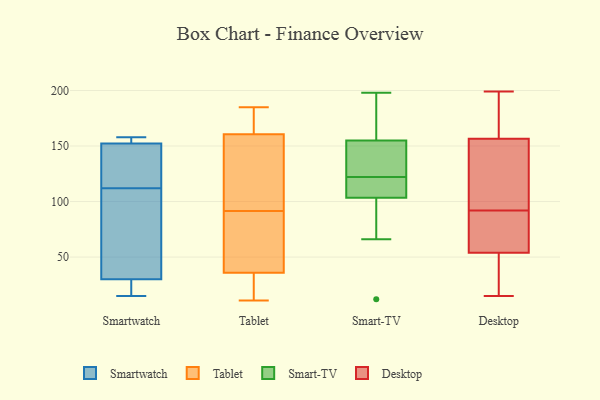
{"axis": {"x": "Website Visitors", "y": "Value"}, "legend": ["Desktop", "Smart-TV", "Smartwatch", "Tablet"], "data": [{"x": "", "y": 51, "type": "Smartwatch"}, {"x": "", "y": 153, "type": "Smartwatch"}, {"x": "", "y": 23, "type": "Smartwatch"}, {"x": "", "y": 112, "type": "Smartwatch"}, {"x": "", "y": 15, "type": "Smartwatch"}, {"x": "", "y": 150, "type": "Smartwatch"}, {"x": "", "y": 136, "type": "Smartwatch"}, {"x": "", "y": 158, "type": "Smartwatch"}, {"x": "", "y": 23, "type": "Smartwatch"}, {"x": "", "y": 157, "type": "Smartwatch"}, {"x": "", "y": 51, "type": "Smartwatch"}, {"x": "", "y": 37, "type": "Tablet"}, {"x": "", "y": 84, "type": "Tablet"}, {"x": "", "y": 18, "type": "Tablet"}, {"x": "", "y": 71, "type": "Tablet"}, {"x": "", "y": 38, "type": "Tablet"}, {"x": "", "y": 59, "type": "Tablet"}, {"x": "", "y": 179, "type": "Tablet"}, {"x": "", "y": 133, "type": "Tablet"}, {"x": "", "y": 183, "type": "Tablet"}, {"x": "", "y": 182, "type": "Tablet"}, {"x": "", "y": 25, "type": "Tablet"}, {"x": "", "y": 99, "type": "Tablet"}, {"x": "", "y": 159, "type": "Tablet"}, {"x": "", "y": 106, "type": "Tablet"}, {"x": "", "y": 162, "type": "Tablet"}, {"x": "", "y": 21, "type": "Tablet"}, {"x": "", "y": 99, "type": "Tablet"}, {"x": "", "y": 35, "type": "Tablet"}, {"x": "", "y": 185, "type": "Tablet"}, {"x": "", "y": 11, "type": "Tablet"}, {"x": "", "y": 112, "type": "Smart-TV"}, {"x": "", "y": 127, "type": "Smart-TV"}, {"x": "", "y": 12, "type": "Smart-TV"}, {"x": "", "y": 198, "type": "Smart-TV"}, {"x": "", "y": 174, "type": "Smart-TV"}, {"x": "", "y": 136, "type": "Smart-TV"}, {"x": "", "y": 124, "type": "Smart-TV"}, {"x": "", "y": 116, "type": "Smart-TV"}, {"x": "", "y": 117, "type": "Smart-TV"}, {"x": "", "y": 192, "type": "Smart-TV"}, {"x": "", "y": 120, "type": "Smart-TV"}, {"x": "", "y": 66, "type": "Smart-TV"}, {"x": "", "y": 94, "type": "Smart-TV"}, {"x": "", "y": 175, "type": "Smart-TV"}, {"x": "", "y": 95, "type": "Smart-TV"}, {"x": "", "y": 124, "type": "Smart-TV"}, {"x": "", "y": 199, "type": "Desktop"}, {"x": "", "y": 198, "type": "Desktop"}, {"x": "", "y": 74, "type": "Desktop"}, {"x": "", "y": 92, "type": "Desktop"}, {"x": "", "y": 140, "type": "Desktop"}, {"x": "", "y": 23, "type": "Desktop"}, {"x": "", "y": 69, "type": "Desktop"}, {"x": "", "y": 77, "type": "Desktop"}, {"x": "", "y": 35, "type": "Desktop"}, {"x": "", "y": 49, "type": "Desktop"}, {"x": "", "y": 15, "type": "Desktop"}, {"x": "", "y": 165, "type": "Desktop"}, {"x": "", "y": 99, "type": "Desktop"}, {"x": "", "y": 143, "type": "Desktop"}, {"x": "", "y": 161, "type": "Desktop"}]}